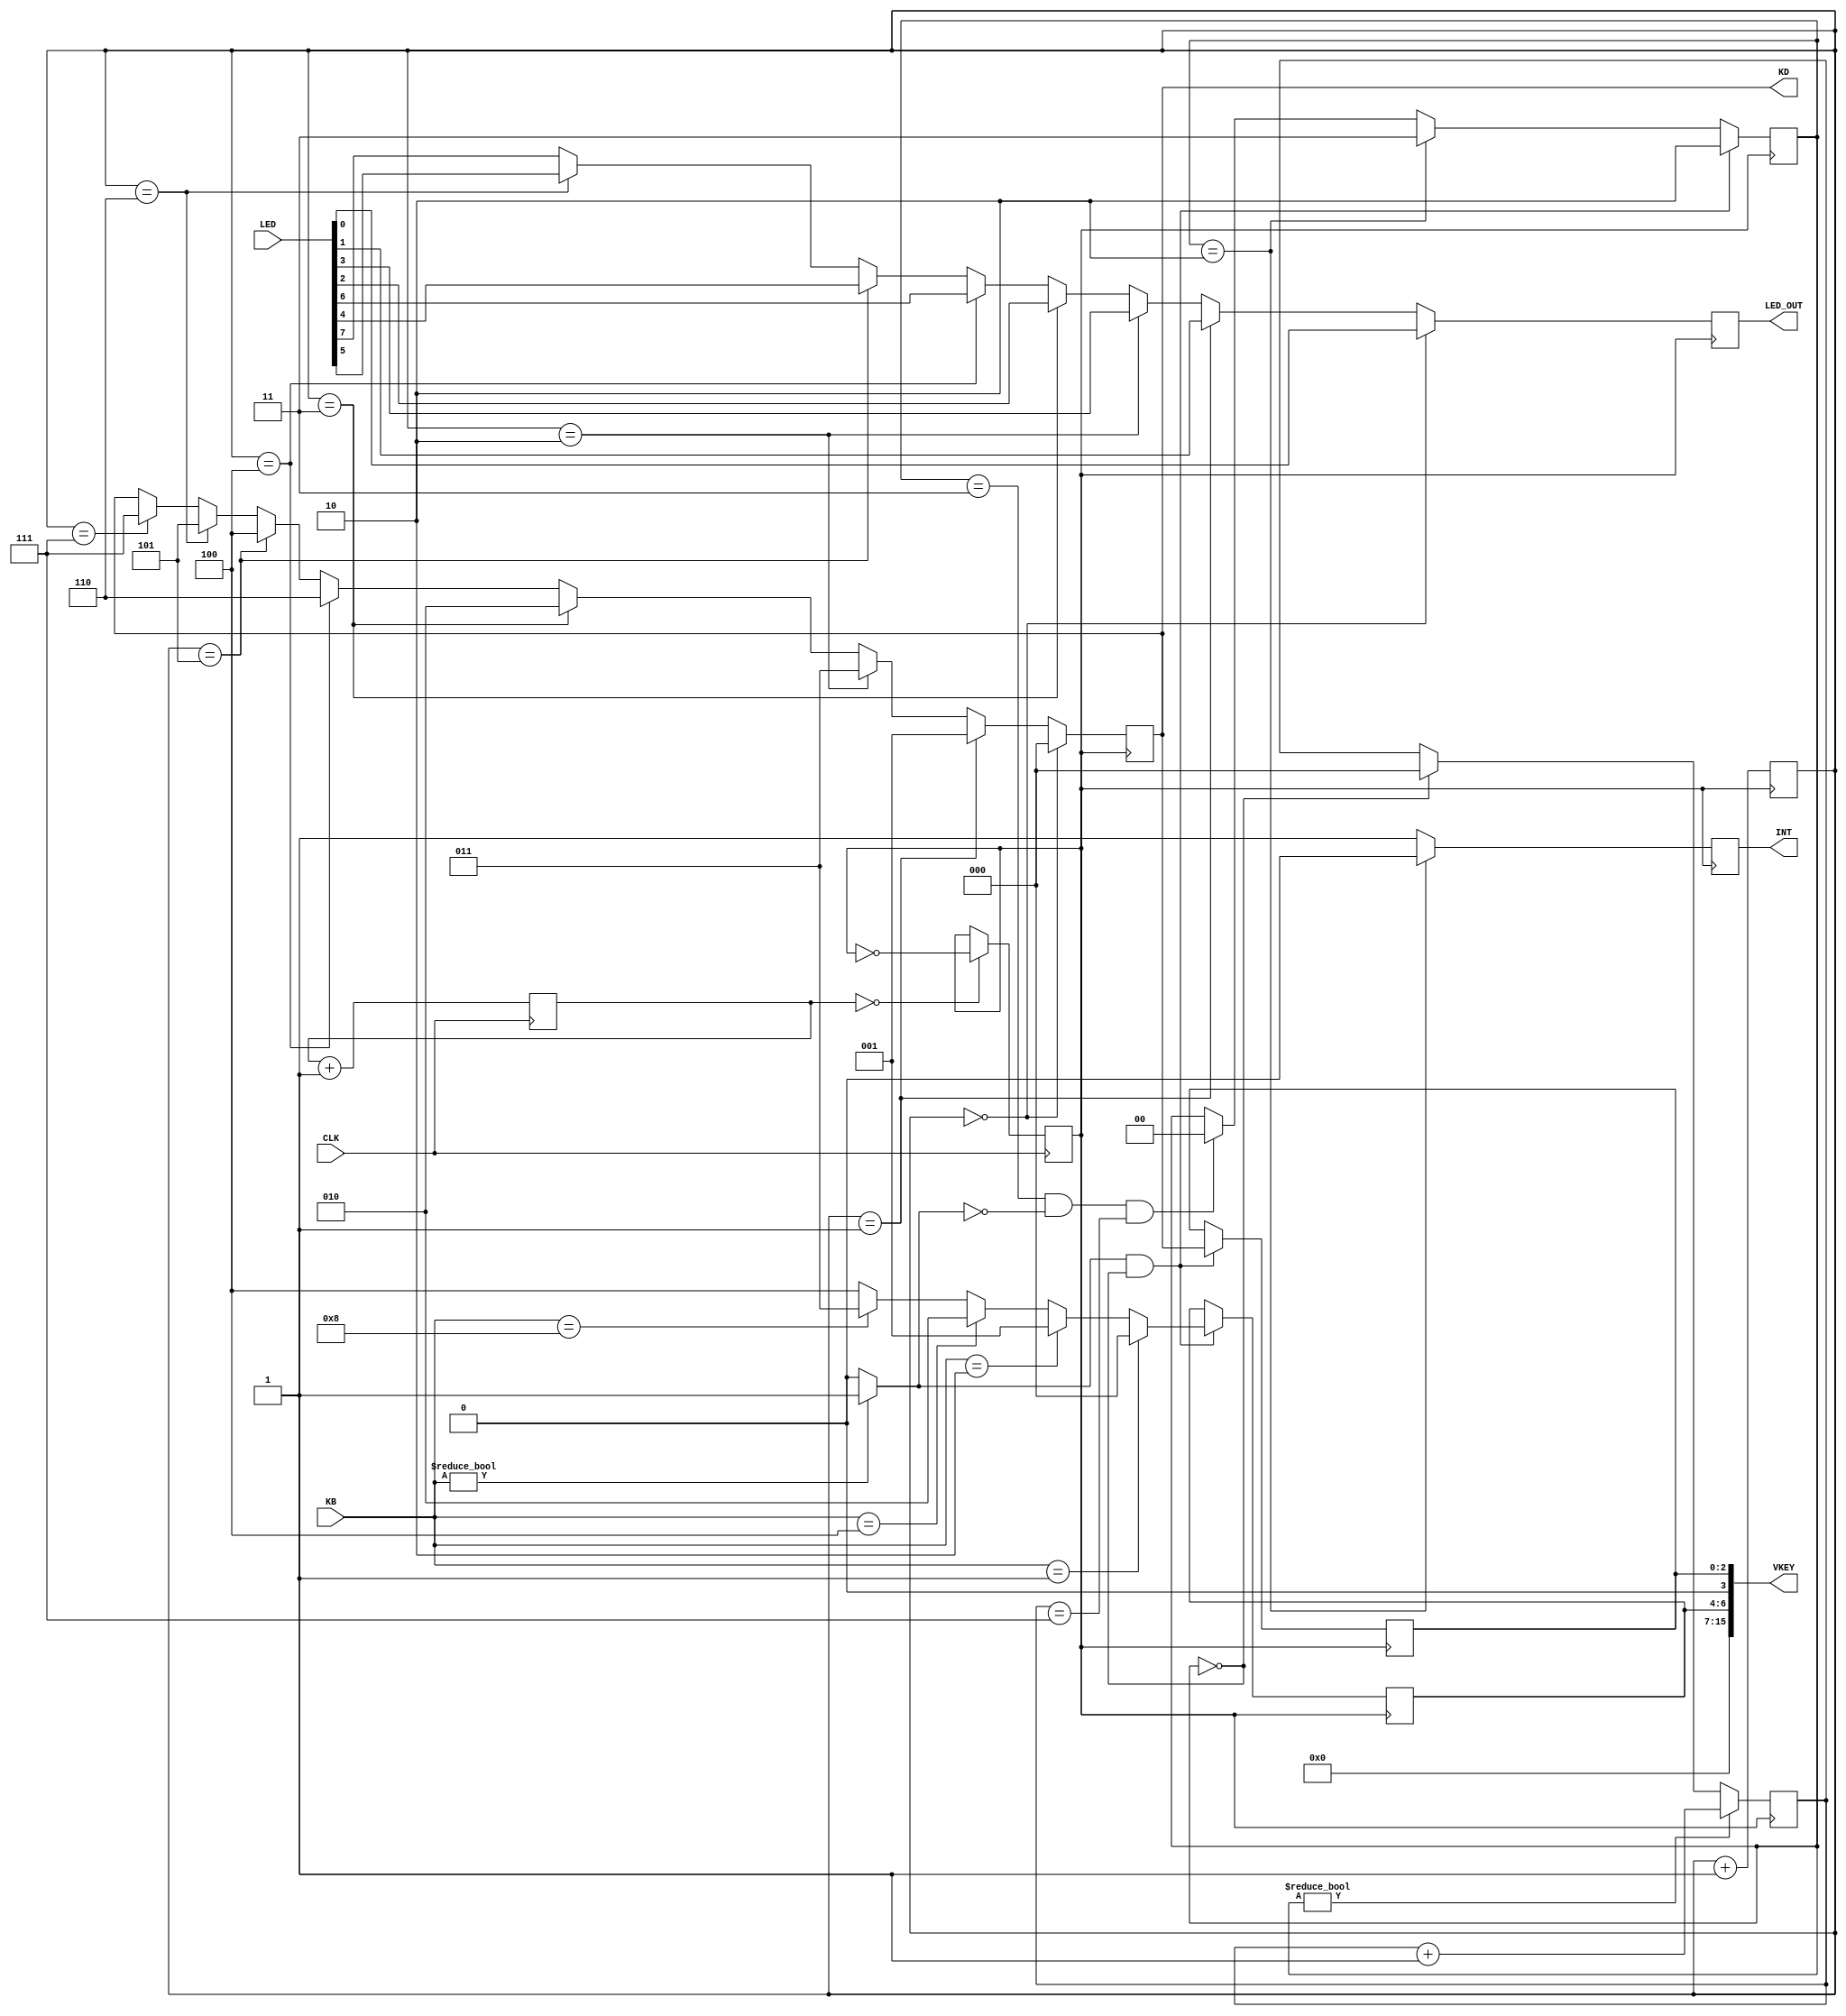
`timescale 1ns / 1ps

module REG_VKEY(CLK,KB,KD,INT,VKEY,LED,LED_OUT);
 input CLK;
 input [4:0]KB;
 output INT;//0 means interrupt happened
 output [2:0]KD;//a0~a2
 output [15:0]VKEY; 
 //=======================LED Control===============
 input  [15:0]LED; //led data 
 output LED_OUT;//decoded led data output
 reg LED_OUT;
 
 
 
 
 reg [2:0]KD;
 reg [2:0]KD_CNT;
 localparam KD0 = 3'b000; //0
 localparam KD1 = 3'b001; //1
 localparam  KD2 = 3'b011; //3
 localparam  KD3 = 3'b010; //2
 localparam  KD4 = 3'b110; //6
 localparam  KD5 = 3'b100; //4
 localparam  KD6 = 3'b101; //5
 localparam  KD7 = 3'b111; //7
 
 reg [15:0]VKEY; 
 reg INT;
 wire PRESSING;//KEY_PRESSING
 assign PRESSING=(KB!=5'b00000)? 1:0;
 reg [2:0]SCAN_CNT;//becouse of 8times of one scan
 reg [7:0]PRESS_CNT;//for decline flipflop,can use it to control filpflop time
 localparam DETECTING = 2'b00;
 localparam FLIPFLOP  = 2'b01;
 localparam  INTERRUPT = 2'b10;
 localparam  WAIT_RELEASE = 2'b11;
 
 reg [1:0]   CS;                  //current_state
 //div clk,50MHZ/2^14 about 3.2Khz clk at CLK_0
 //one sweep = 1.56M/8 = 0.2KHz,period =  5us
 //knob is 5 ms,but,output of HC47 some times is 2us, 5us  so it is ok
 reg [12:0]  CLK_DIV; 
 reg CLK_0;
 
 initial
 begin
  CS=0;
  KD=0;
  PRESS_CNT=0;
  SCAN_CNT=0;
  VKEY=0; 
   INT=0;
 end
 
 //divide sys clk
 always@(posedge CLK)
 begin
  CLK_DIV<=CLK_DIV+1;
  if(CLK_DIV==0)
  CLK_0<=~CLK_0;
 end
 
 //LED output
 always@(posedge CLK_0)
 begin
  KD_CNT<=KD_CNT+1;  
  if(KD_CNT==3'b000)
   KD<=KD0;
  else if(KD_CNT==3'b001)
   KD<=KD1;
  else if(KD_CNT==3'b010)
   KD<=KD2;
  else if(KD_CNT==3'b011)
   KD<=KD3;
  else if(KD_CNT==3'b100)
   KD<=KD4;
  else if(KD_CNT==3'b101)
   KD<=KD5;
  else if(KD_CNT==3'b110)
   KD<=KD6;
  else if(KD_CNT==3'b111)
   KD<=KD7;   
  
  //-----------------  LED OUT -----------------------  
  LED_OUT <= //kd output= 000 , ledout=buf[0];
      (KD_CNT==3'b000)? LED[0]:
      (KD_CNT==3'b001)? LED[1]:
      (KD_CNT==3'b010)? LED[3]:
      (KD_CNT==3'b011)? LED[2]:
      (KD_CNT==3'b100)? LED[6]:
      (KD_CNT==3'b101)? LED[4]:
      (KD_CNT==3'b110)? LED[5]:
      LED[7];//decode  
  //-----------------------------------------------  
 end
 
 //key scan 
 always@(negedge CLK_0)
 begin  
  //save key inf
  
  
/*  if(KD==3'b111&&PRESSING&&CS==DETECTING)//if is knob ,then interrupt,no need flipflop detect
   CS<=INTERRUPT;
  else if(PRESSING&&CS==DETECTING)
   CS<=FLIPFLOP;     
  else if((CS==FLIPFLOP)&&((~PRESSING)&&(SCAN_CNT==3'b111)))//return detect
   CS<=DETECTING;
  else if(CS==FLIPFLOP&&PRESS_CNT[7]==0)//
*/
  if(PRESSING&&CS==DETECTING)
   CS<=INTERRUPT;     
  else if(CS==INTERRUPT)
   CS<=WAIT_RELEASE; 
  else if((CS==WAIT_RELEASE)&&(~PRESSING)&&(SCAN_CNT==3'b111))
   CS<=DETECTING;   
  else
   CS<=CS;
  
  
  
  if(CS==DETECTING)//reset
  begin
   SCAN_CNT<=3'b000;
   PRESS_CNT<=8'b11110000;
  end
  
  if(PRESSING&&CS==DETECTING)//save
  begin
    VKEY[2:0]<=KD[2:0];//decimal  
    VKEY[6:4]<=(KB[4:0]==5'b00001)? 3'b000 :
         (KB[4:0]==5'b00010)? 3'b001 :
         (KB[4:0]==5'b00100)? 3'b010 :
         (KB[4:0]==5'b01000)? 3'b011 :
         3'b100;
  end
  
  if(CS!=DETECTING)
   SCAN_CNT<=SCAN_CNT+1;
   
  if(SCAN_CNT==3'b111&&PRESSING)    
   PRESS_CNT<=PRESS_CNT<<1;
  
  if(CS==INTERRUPT)
  begin   
   INT<=0;//assert int signal
  end 
  else
  begin
   INT<=1;
  end
  
 end 
 
endmodule